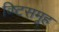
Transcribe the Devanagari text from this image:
व्ष्टिसमूह